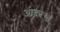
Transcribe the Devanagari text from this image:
आदरख